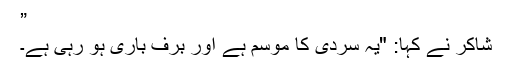
”
شاکر نے کہا: "یہ سردی کا موسم ہے اور برف باری ہو رہی ہے۔